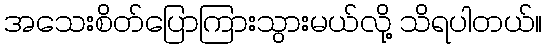
အသေးစိတ်ပြောကြားသွားမယ်လို့ သိရပါတယ်။